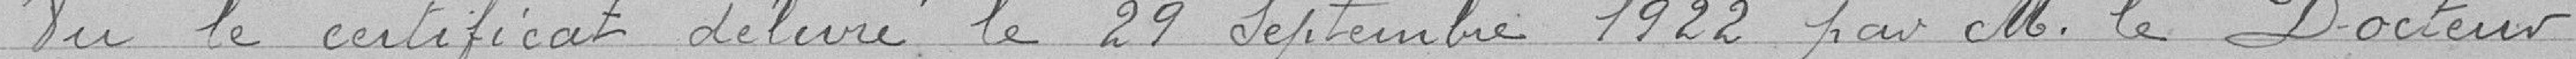
Vu le certificat délivré le 29 Septembre 1922, par M. le Docteur